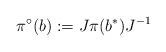
LaTeX: \begin{align*} \pi^\circ(b):= J \pi(b^*) J^{-1} \end{align*}